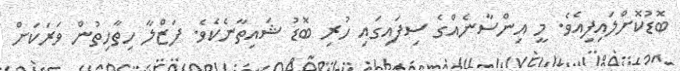
ބޮޑުކޮށްލައިފިއެވެ. މީ އިންސާނެއްގެ ސިފައިގައި ހުރި ބޮޑު ޝައިތާނެކެވެ. ފަޒްލާ ހިތާހިތުން ވަރަކަށް